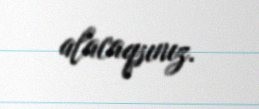
alacaqsınız.